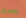
بصديق